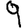
Digit: 9